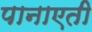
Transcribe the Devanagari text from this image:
पानाएती